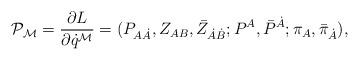
LaTeX: \begin{align*}{\cal P}_{{\cal M}} = { \partial L \over \partial \dot{q}^{{\cal M}} }= (P_{A\dot{A}}, Z_{AB},\bar{Z}_{\dot{A}\dot{B}}; P^A, \bar{P}^{\dot{A}};\pi_{A}, \bar{\pi}_{\dot{A}}) ,\end{align*}